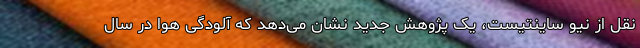
نقل از نیو ساینتیست، یک پژوهش جدید نشان می‌دهد که آلودگی هوا در سال